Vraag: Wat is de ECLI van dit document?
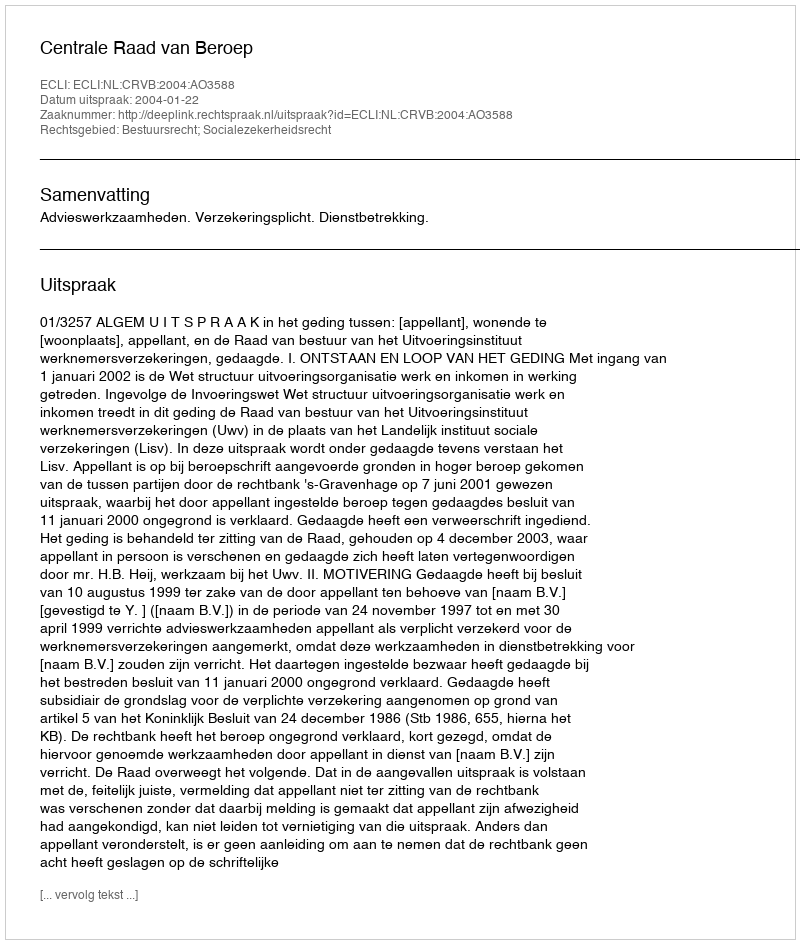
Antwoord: ECLI:NL:CRVB:2004:AO3588